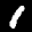
Label: 1